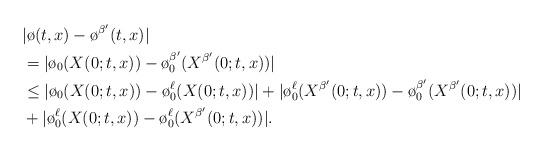
LaTeX: \begin{align*}&|\o (t,x) - \o^{\beta^\prime} (t,x)|\\& = |\o_0(X(0;t,x)) - \o^{\beta^\prime} _0 (X^{\beta^\prime} (0;t,x))|\\& \leq |\o_0(X(0;t,x)) - \o^\ell_0 (X(0;t,x))| + |\o_0^\ell (X^{\beta^\prime} (0;t,x)) - \o_0^{\beta^\prime} (X^{\beta^\prime} (0;t,x))|\\&+ |\o^\ell_0(X(0;t,x)) - \o^\ell_0 (X^{\beta^\prime} (0;t,x))|. \end{align*}